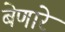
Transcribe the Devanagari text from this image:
बेणारे